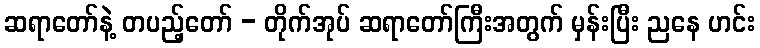
ဆရာတော်နဲ့ တပည့်တော် - တိုက်အုပ် ဆရာတော်ကြီးအတွက် မှန်းပြီး ညနေ ဟင်း